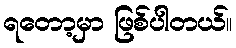
ရတော့မှာ ဖြစ်ပါတယ်။